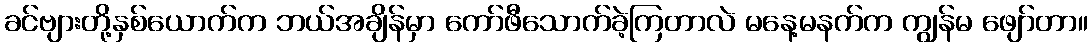
ခင်ဗျားတို့နှစ်ယောက်က ဘယ်အချိန်မှာ ကော်ဖီသောက်ခဲ့ကြတာလဲ မနေ့မနက်က ကျွန်မ ဖျော်တာ။